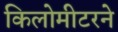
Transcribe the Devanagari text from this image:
किलोमीटरने